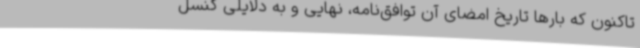
تاکنون که بارها تاریخ امضای آن توافق‌نامه، نهایی و به دلایلی کنسل